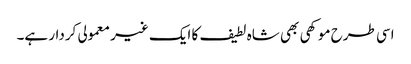
اسی طرح موکھی بھی شاہ لطیف کا ایک غیر معمولی کردار ہے۔